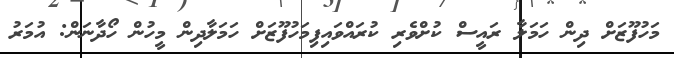
މަހުފޫޒަށް ދިން ހަމަލާ ރައީސް ކުށްވެރި ކުރައްވައިފިމަހުފޫޒަށް ހަމަލާދިން މީހުން ހޯދާނަން: އުމަރު